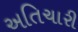
અતિચારી